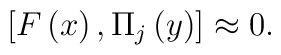
\left[ F\left( x\right) ,\Pi _j\left( y\right) \right] \approx0.